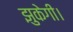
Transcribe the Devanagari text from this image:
झुकेगी।